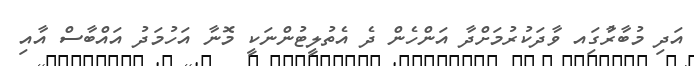
އަދި މުބާރާުގަިއ ވާދަކުރުމަށްދާ އަންހެން ދެ އެތުލީޓުންނަކީ މޮނާ އަހުމަދު އައްބާސް އާއި